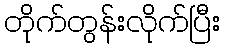
တိုက်တွန်းလိုက်ပြီး